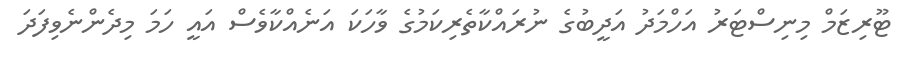
ޓޫރިޒަމް މިނިސްޓަރު އަހްމަދު އަދީބުގެ ނުރައްކާތެރިކަމުގެ ވާހަކަ އަނެއްކާވެސް އައީ ހަމަ މިދެންނެވިފަދަ